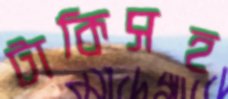
টাকিসহ